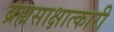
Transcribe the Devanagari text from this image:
ब्रह्मसाक्षात्कारी